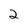
Character: 2